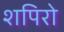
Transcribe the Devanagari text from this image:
शपिरो